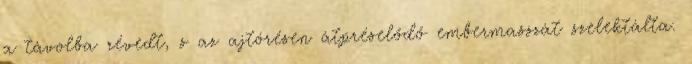
a távolba révedt, s az ajtórésen átpréselődő embermasszát szelektálta.